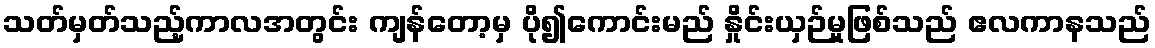
သတ်မှတ်သည့်ကာလအတွင်း ကျန်တော့မှ ပို၍ကောင်းမည် နှိုင်းယှဉ်မှုဖြစ်သည် ဧလကာနသည်